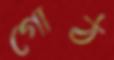
গোঠ